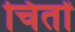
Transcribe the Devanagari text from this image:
चितों